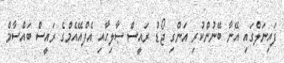
ފައިނަލްގައި އޭނާ ބޭނުންކުރި އަންގި ޖޯޑު ރައީސް ޞާލިހާއި އެފްއޭއެމްގެ ރައީސް ބައްސާމް